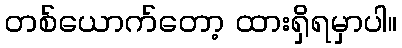
တစ်ယောက်တော့ ထားရှိရမှာပါ။